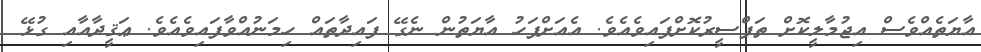
އާޔަތެއްވެސް އިޖުމާލީކޮށް ތަފްސީރުކޮށްފައިވެއެވެ. އެއަށްފަހު އާޔަތުން ނެގޭ ފައިދާތައް ހިމަނުއްވާފައިވެއެވެ. ޢަޤީދާއާއި ގުޅޭ